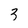
Character: 3